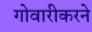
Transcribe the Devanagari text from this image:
गोवारीकरने